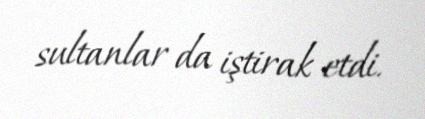
sultanlar da iştirak etdi.